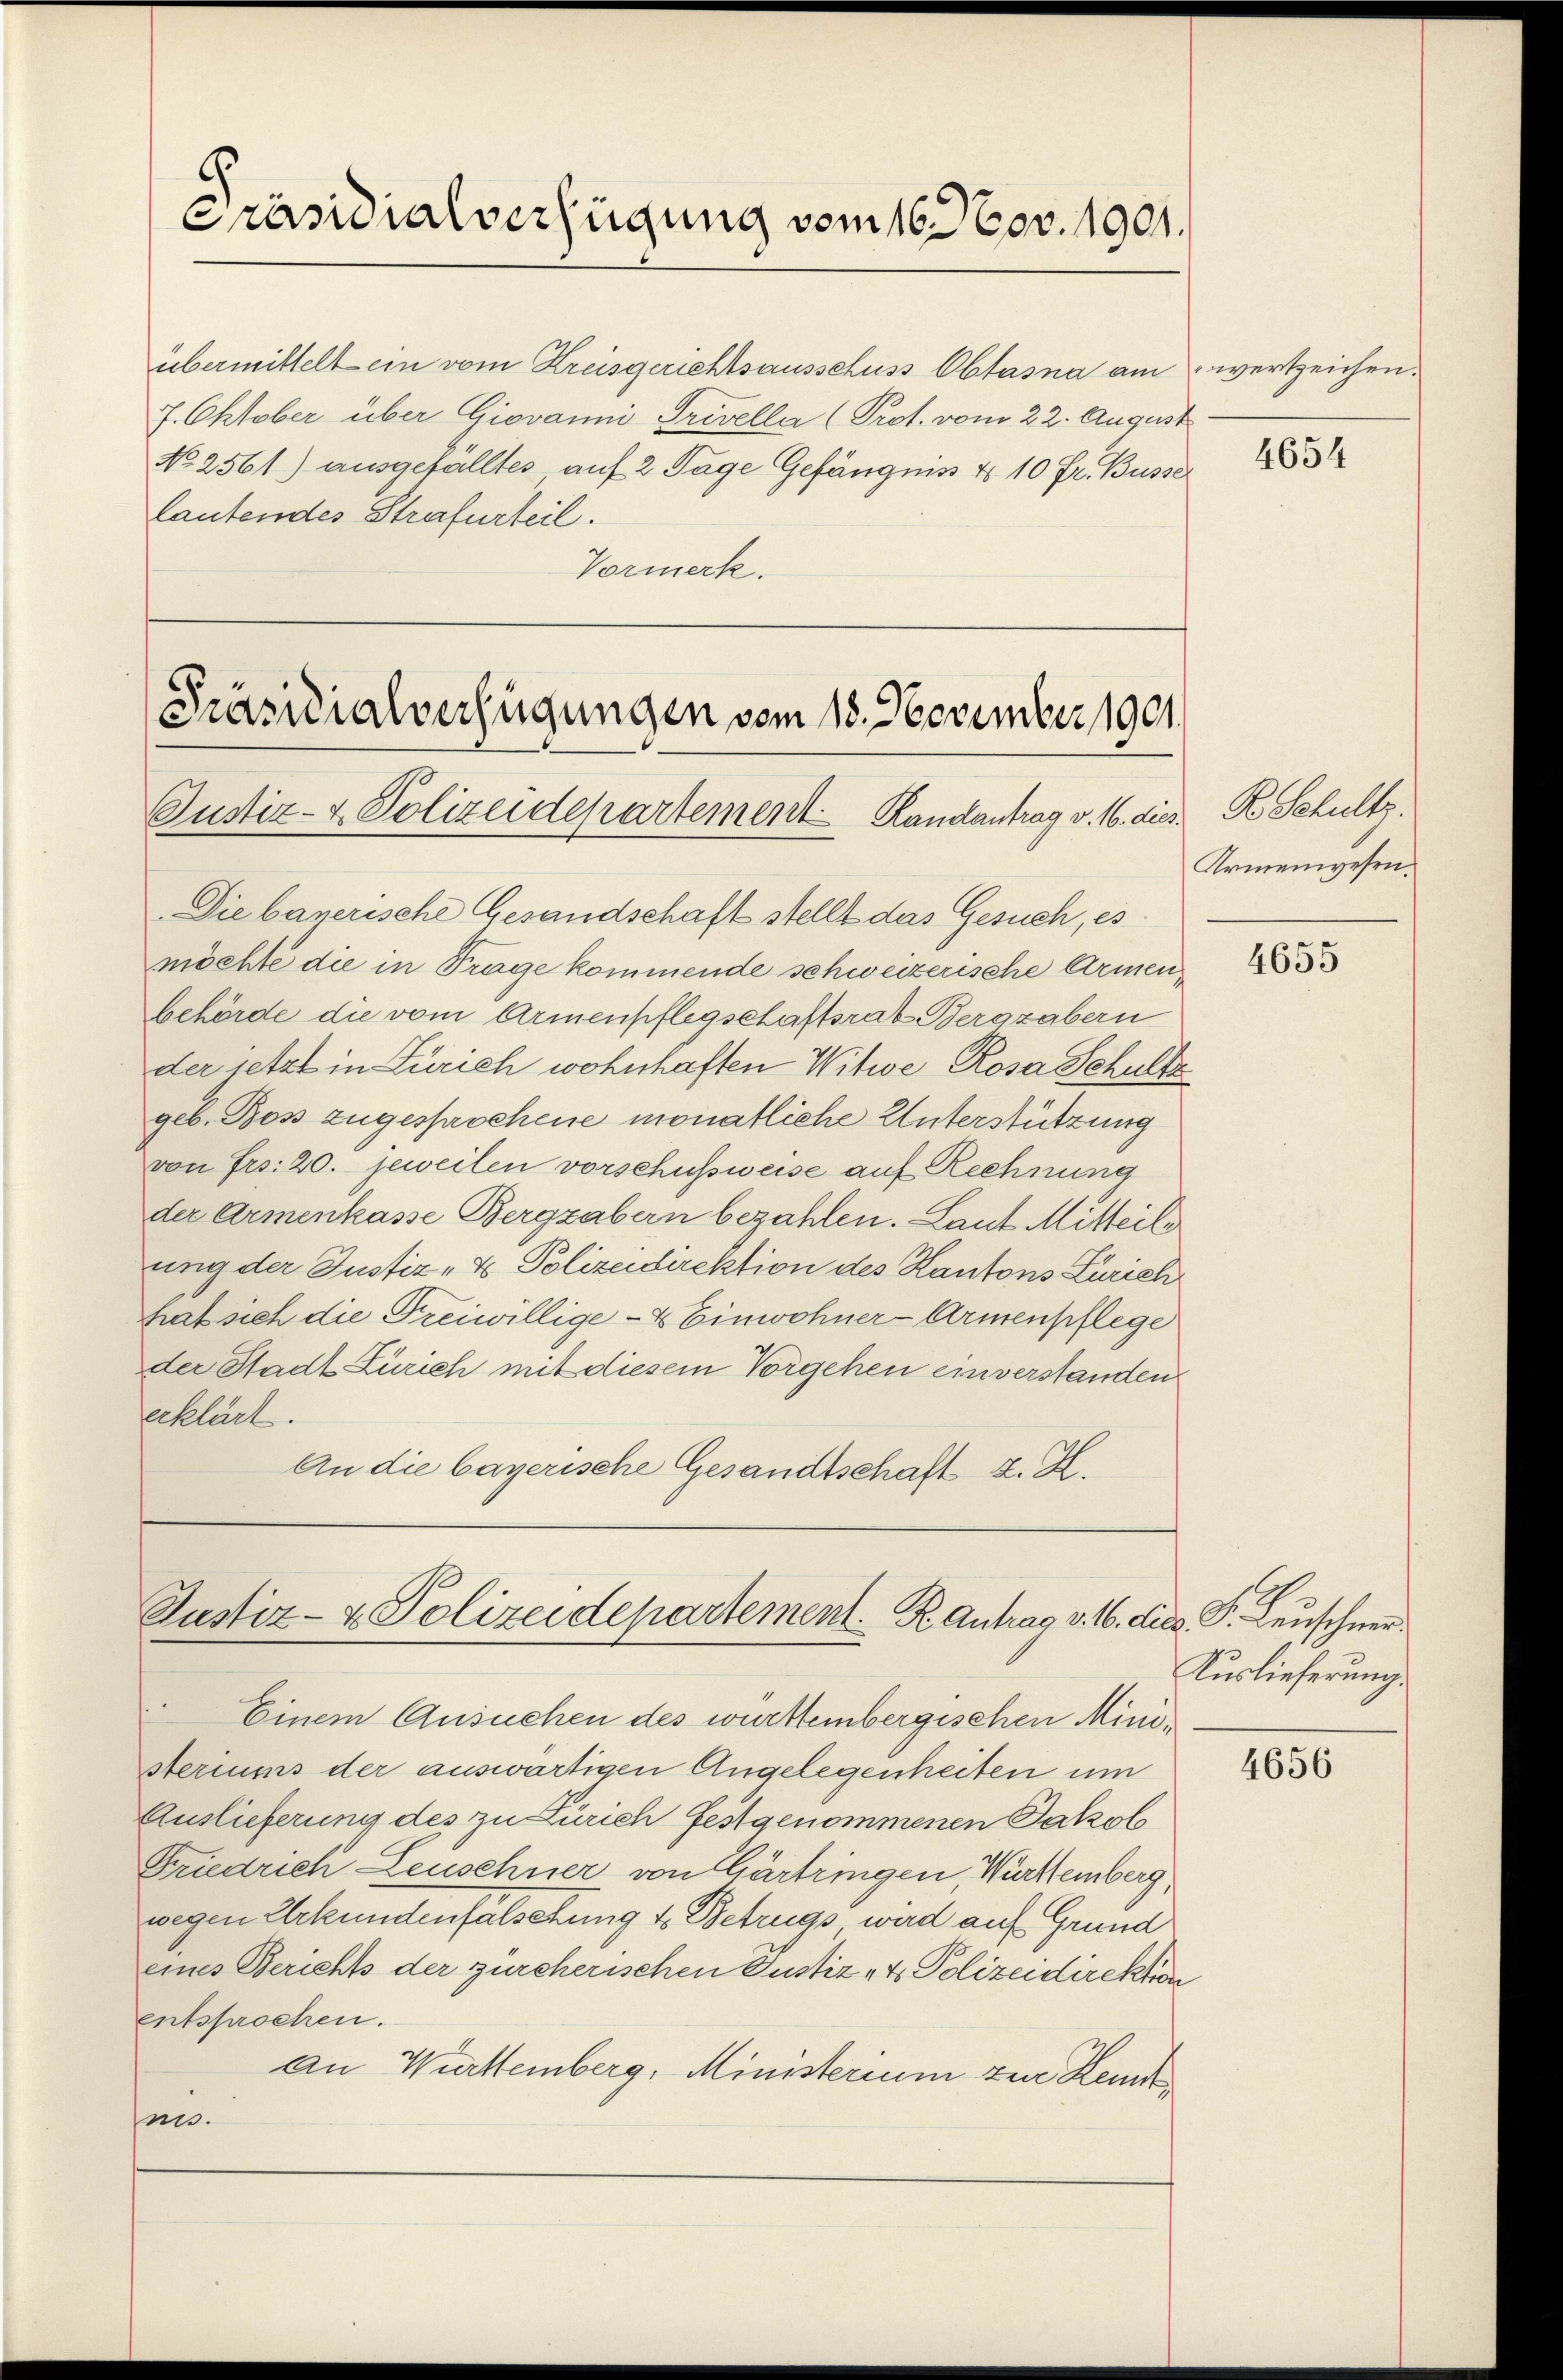
Präsidialverfügung vom 16. Nov. 1901.

übermittelt ein vom Kreisgerichtsausschuss Obtasna am wertzeichen.
7. Oktober über Giovanni Privella (Prot. vom 22. August
No 2561) ausgefälltes auf 2 Tage Gefängniss No 10 Fr. Busse
lautendes Strafurteil.
Vormerk.

Präsidialverfügungen vom 18. November 1901
Justiz- & Polizeidepartement Randantrag v. 16. dies R. Schultz.

Justiz- & Polizeidepartement. R. Antrag v. 16. dies P. Leuschner
Einem Ansuchen des württembergischen Mini¬

Die bayerische Gesandschaft stellt das Gesuch, es
möchte die in Trage kommende schweizerische Armenbehörde die vom Armenpflegschaftsrat Bergzabern
der jetzt in Zürich wohnhaften Witwe Rosa Schultz
geb. Boss zugesprochene monatliche Unterstützung
von Frs. 20. Jeweilen vorschussweise auf Rechnung
der Armenkasse Bergzabern bezahlen. Laut Mitteils
ung der Justiz- & Polizeidirektion des Kantons Zürich
hat sich die Freiwillige - & Einwohner-Armenpflege
der Stadt Zürich mit diesem Vorgehen einverstanden
erklärt.
An die bayerische Gesandtschaft z. Z.

steriums der auswärtigen Angelegenheiten um
Auslieferung des zu Zürich festgenommenen Jakob
Friedrich Leuschner von Gärtringen Württemberg
wegen Urkundenfalschung 4. Betrugs wird auf Grund
eines Berichts der zürcherischen Justiz- & Polizeidirektion
entsprochen.
An Württemberg, Ministerium zur Hemd
nis.

4654

Armenwesen.

4655

Auslieferung.

4656